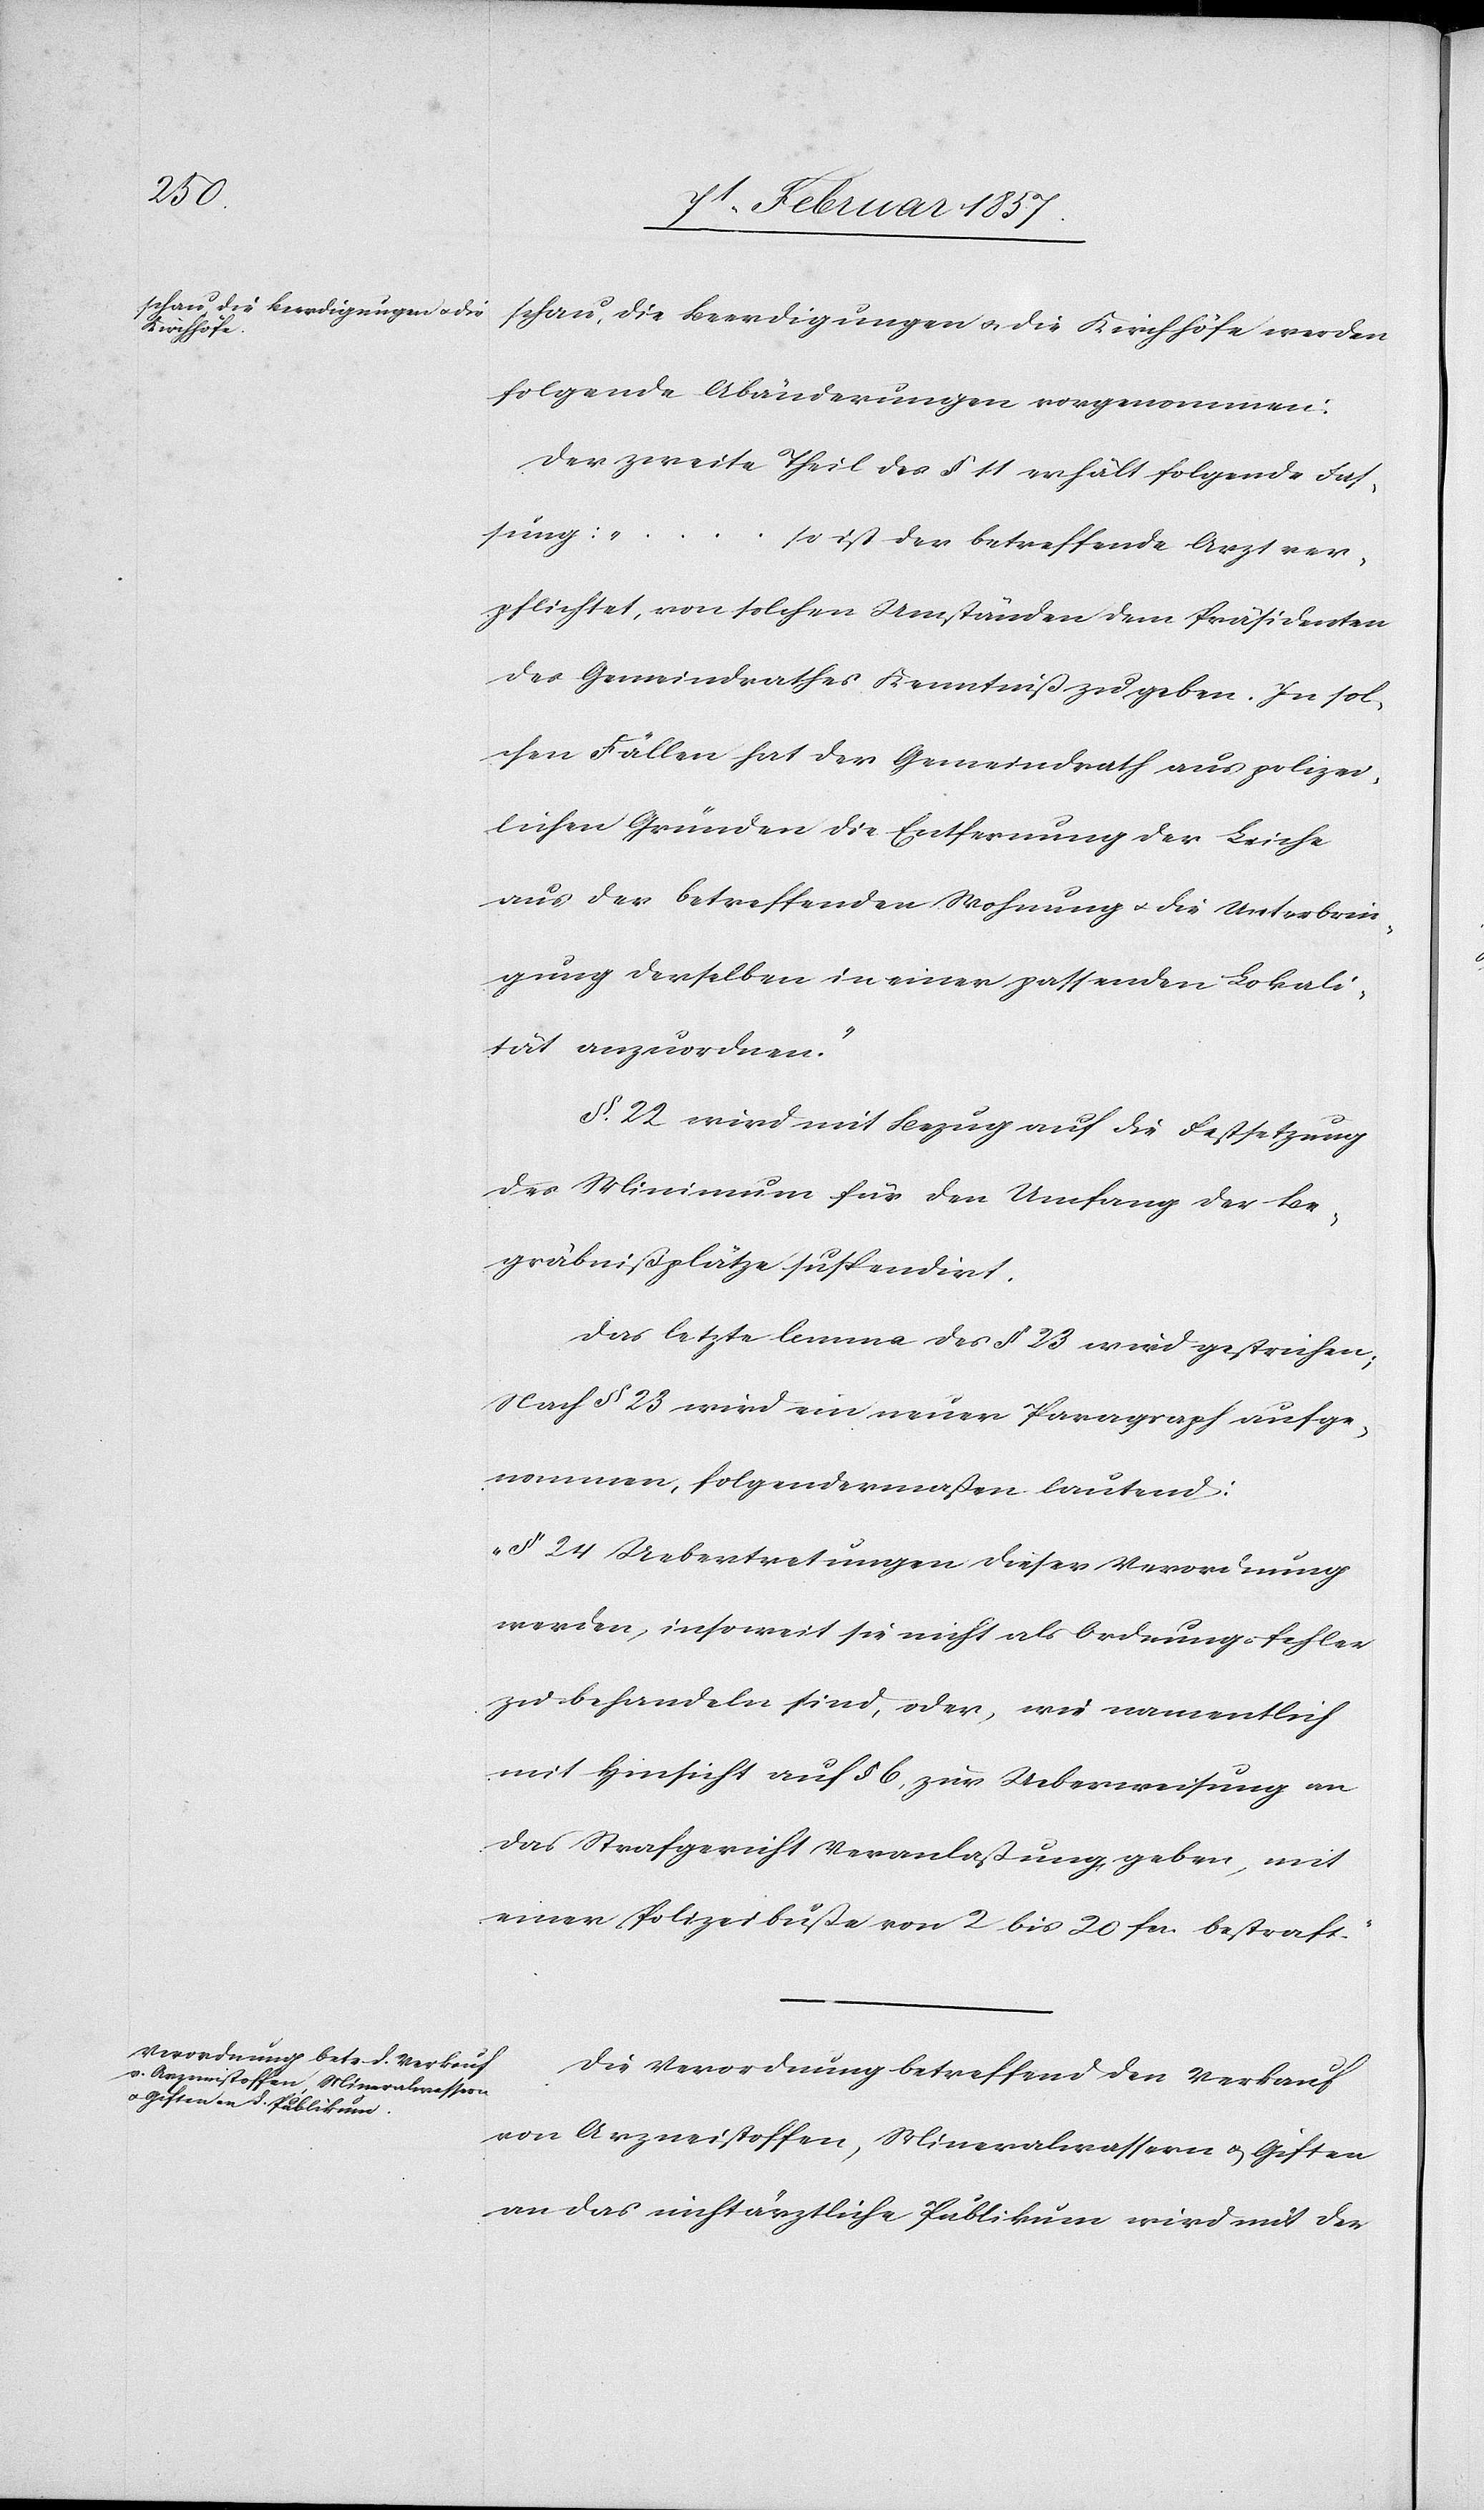
den
schau, die Beerdigungen u. die
Kirchhöfe

folgende Abänderungen vorgenommen:
Der zweite Theil des § 11 erhält folgende Fas¬
sung: „…
so ist der betreffende Arzt ver¬
pflichtet, von solchen Umständen dem Präsidenten
des Gemeindrathes Kenntniß zu geben. In sol¬
chen Fällen hat der Gemeindrath aus polizei¬
lichen Gründen die Entfernung der Leiche
aus der betreffenden Wohnung u. die Unterbrin¬
gung derselben in einer passenden Lokali¬
tät anzuordnen.“
§. 22 wird mit Bezug auf die Festsetzung
des Minimum für den Umfang der Be¬
gräbnißplätze suspendirt.
Das letzte Lemma des § 23 wird gestrichen;
Nach § 23 wird ein neuer Paragraph aufge¬
nommen, folgendermaßen lautend:
„§ 24 Uebertretungen dieser Verordnung
werden, insoweit sie nicht als Ordnungsfehler
zu behandeln sind, oder, wie namentlich
mit Hinsicht auf § 6, zur Ueberweisung an
das Strafgericht Veranlaßung geben, mit
einer Polizeibuße von 2 bis 20 fr. bestraft.“
Die Verordnung betreffend den Verkauf
von Arzneistoffen, Mineralwassern u. Giften
an das nicht ärztliche Publikum wird mit der